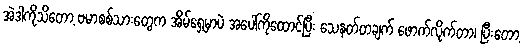
အဲဒါကိုသိတော့ ဗမာစစ်သားတွေက အိမ်ရှေ့မှာပဲ အပေါ်ကိုထောင်ပြီး သေနတ်တချက် ဖောက်လိုက်တာ၊ ပြီးတော့